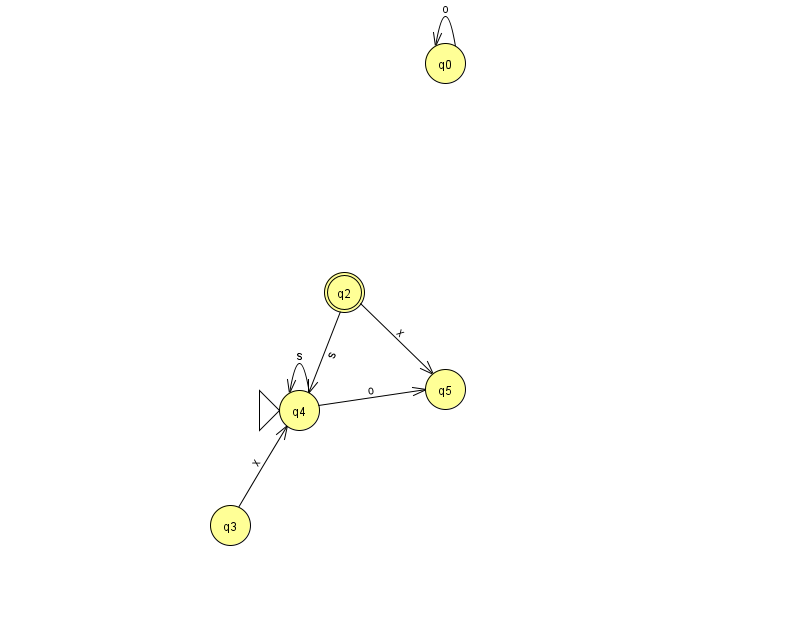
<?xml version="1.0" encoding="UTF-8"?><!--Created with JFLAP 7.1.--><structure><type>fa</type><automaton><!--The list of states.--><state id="0" name="q0"><x>445.0</x><y>50.0</y></state><state id="2" name="q2"><x>344.0</x><y>279.0</y><final/></state><state id="3" name="q3"><x>230.0</x><y>512.0</y></state><state id="4" name="q4"><x>299.0</x><y>397.0</y><initial/></state><state id="5" name="q5"><x>445.0</x><y>376.0</y></state><!--The list of transitions.--><transition><from>3</from><to>4</to><read>x</read></transition><transition><from>4</from><to>4</to><read>s</read></transition><transition><from>2</from><to>4</to><read>s</read></transition><transition><from>4</from><to>5</to><read>o</read></transition><transition><from>2</from><to>5</to><read>x</read></transition><transition><from>0</from><to>0</to><read>o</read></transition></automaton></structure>